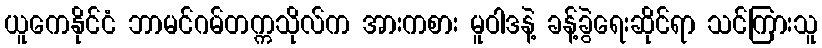
ယူကေနိုင်ငံ ဘာမင်ဂမ်တက္ကသိုလ်က အားကစား မူဝါဒနဲ့ ခန့်ခွဲရေးဆိုင်ရာ သင်ကြားသူ